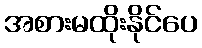
အစားမထိုးနိုင်ပေ